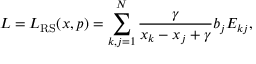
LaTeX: L = L _ { \mathrm { R S } } ( x , p ) = \sum _ { k , j = 1 } ^ { N } \frac { \gamma } { x _ { k } - x _ { j } + \gamma } b _ { j } E _ { k j } ,